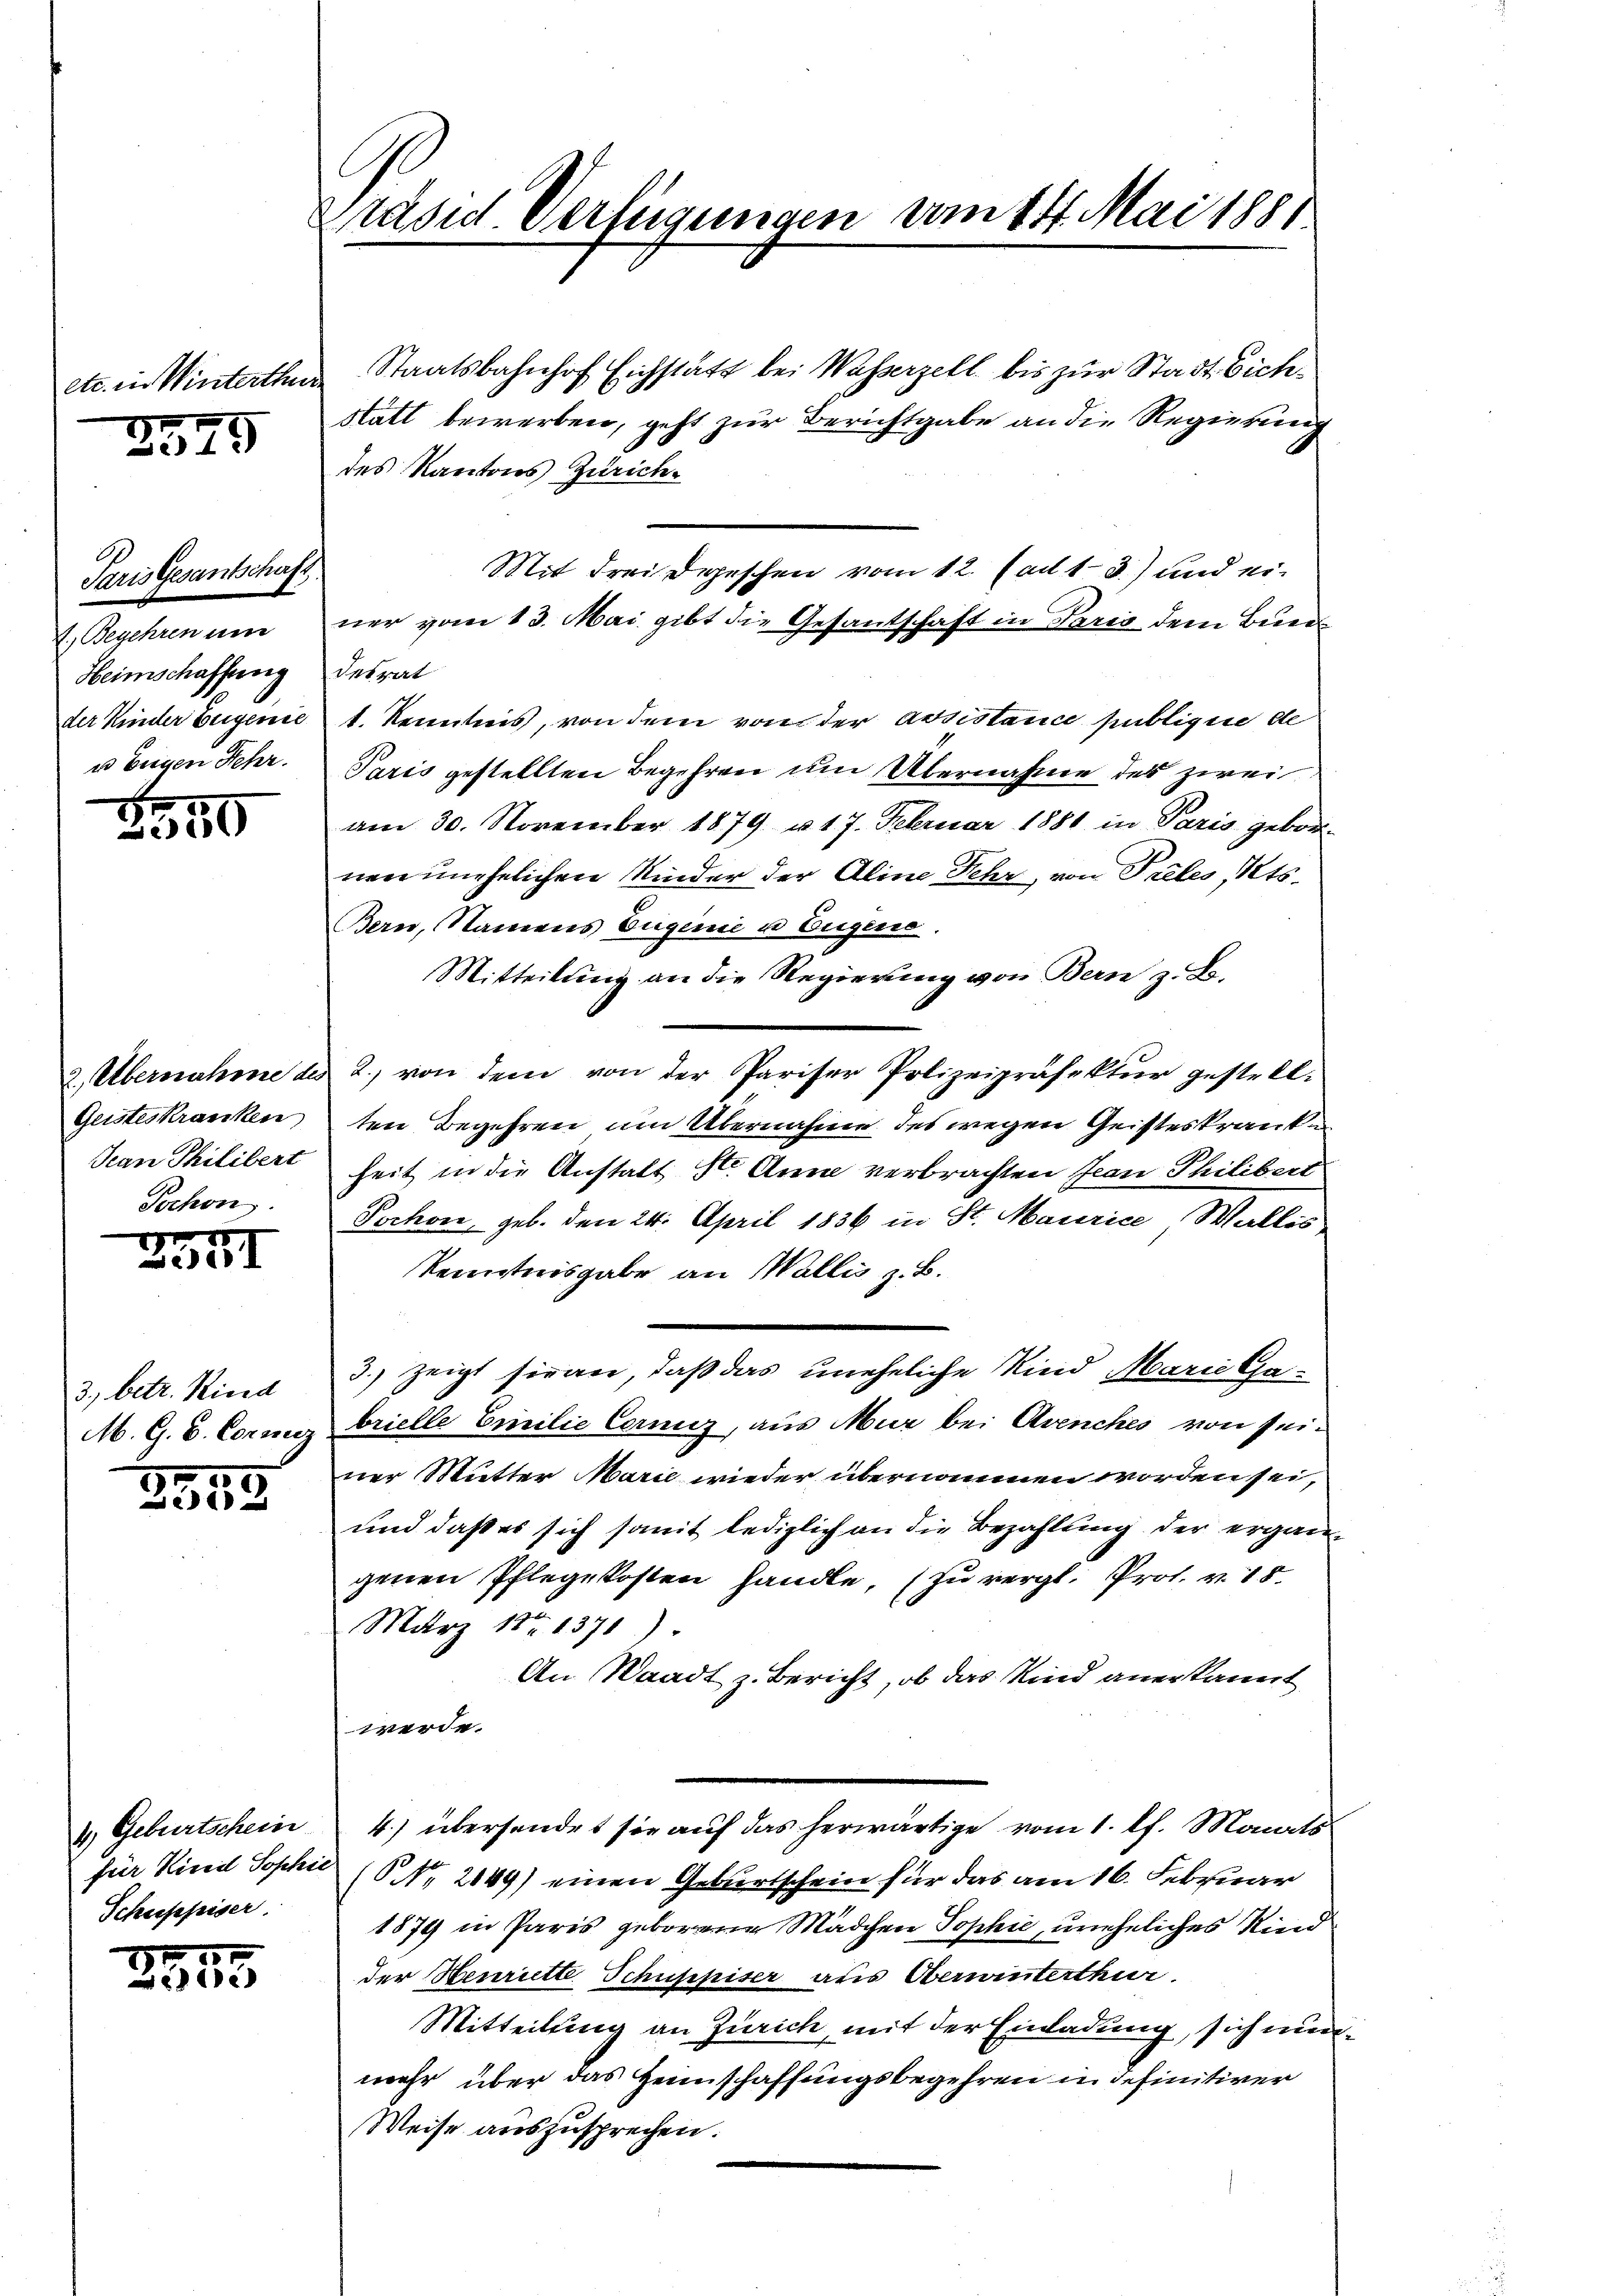
o. 14

Minterthu

2945

Paris Gesantschaf
1.) Begehren um
Heimschaffung
der Kinder beigenie
u beigen Fehr.

E
550

Geisteskranken
Jean Philibert
Pochen.

5
230I

3., betr. Ried
M. G. B. Concez

2555

4) Geburtschein
Schuppiser.

15
e

Präses Verfügungen vom 14. Mai 1881

.

Staatsbahnhof Eichstatt bei Wasserzell bis zur Stadt Eich¬
Statt bewerben, geht zur Berichtgabe an die Regierung
des Kantons Zürich¬
Mit drei Depeschen vom 12. ad 1. 3) und einer vom 13. Mai gibt die Gesantschaft in Paris dem Buen
desrat
t. Kenntnis, von dem von der Assistance sübligen de
Paris gestellten Begehren um Übernahme des zwei
am 30. November 1879 u 17. Februar 1881 in Paris gebornenzunehelichen Kinder der Aline Fehr, von Preles, Kts.
Bern, Namens Eugene u Eugens.
Mitteilung an die Regierung von Bern z. B.
2. Übernahme des 2. von dem von der Pariser Polizeipräsektŭr gestell-
ten Begehren um Übernahme des wegen Geisteskranke
heit in die Anstalt 10. Anna verbrachten Jean Philibert
Pochon geb. den 24. April 1836 in St. Maurice, Wallis
Kenntnisgabe an Wallis z. B.
3. zeigt sie an, daß das uneheliche Kind Marie Gabrielle Emilie Cerniz, aus Mur bei Avenches von seiner Mutter Marie wieder übernommen worden sei,
und daß es sich somit lediglich an die Bezahlung der ergängenen Pflegekosten handle, (zu vergl. Prof. v. 18.
März 187. 1370).
An Waadt z. Bericht, ob das Kind anerkannert
werde.
4.) übersendet sie auf das herwärtige vom 1. Pf. Monats
für Kind Sophie (1. 2149) einen Geburtschein für das am 16. Februar
1879 in Paris geborene Mädchen Sophie, uneheliches Kind
der Henriette Schuppiser aus Oberwinterthur.
Mitteilung an Zürich, mit der Einladung, sich nunmehr über das Heimschaffungsbegehren in definitiver
Weise auszusprechen.